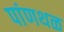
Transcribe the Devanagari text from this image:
पांणथळ